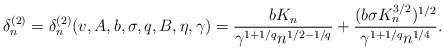
\begin{align*}\delta_{n}^{(2)} = \delta_{n}^{(2)}(v,A,b,\sigma,q,B,\eta,\gamma) = \frac{b K_n}{\gamma^{1 + 1/q}n^{1/2-1/q}} + \frac{(b\sigma K_n^{3/2})^{1/2}}{\gamma^{1 + 1/q}n^{1/4}}. \end{align*}